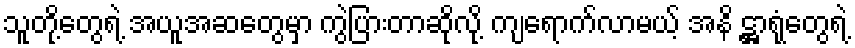
သူတို့တွေရဲ့ အယူအဆတွေမှာ ကွဲပြားတာဆိုလို့ ကျရောက်လာမယ့် အနိ ဋ္ဌာရုံတွေရဲ့